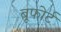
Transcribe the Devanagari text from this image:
बूफोर्ट